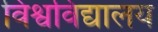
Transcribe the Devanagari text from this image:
विश्वविद्यालय